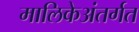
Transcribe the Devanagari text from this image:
मालिकेअंतर्गत